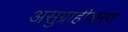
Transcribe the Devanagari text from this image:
असुग्राहीकरण